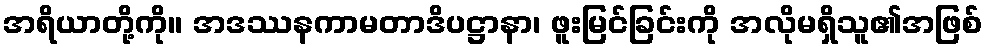
အရိယာတို့ကို။ အဒဿနကာမတာဒိပဋ္ဌာနာ၊ ဖူးမြင်ခြင်းကို အလိုမရှိသူ၏အဖြစ်